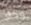
وكاد